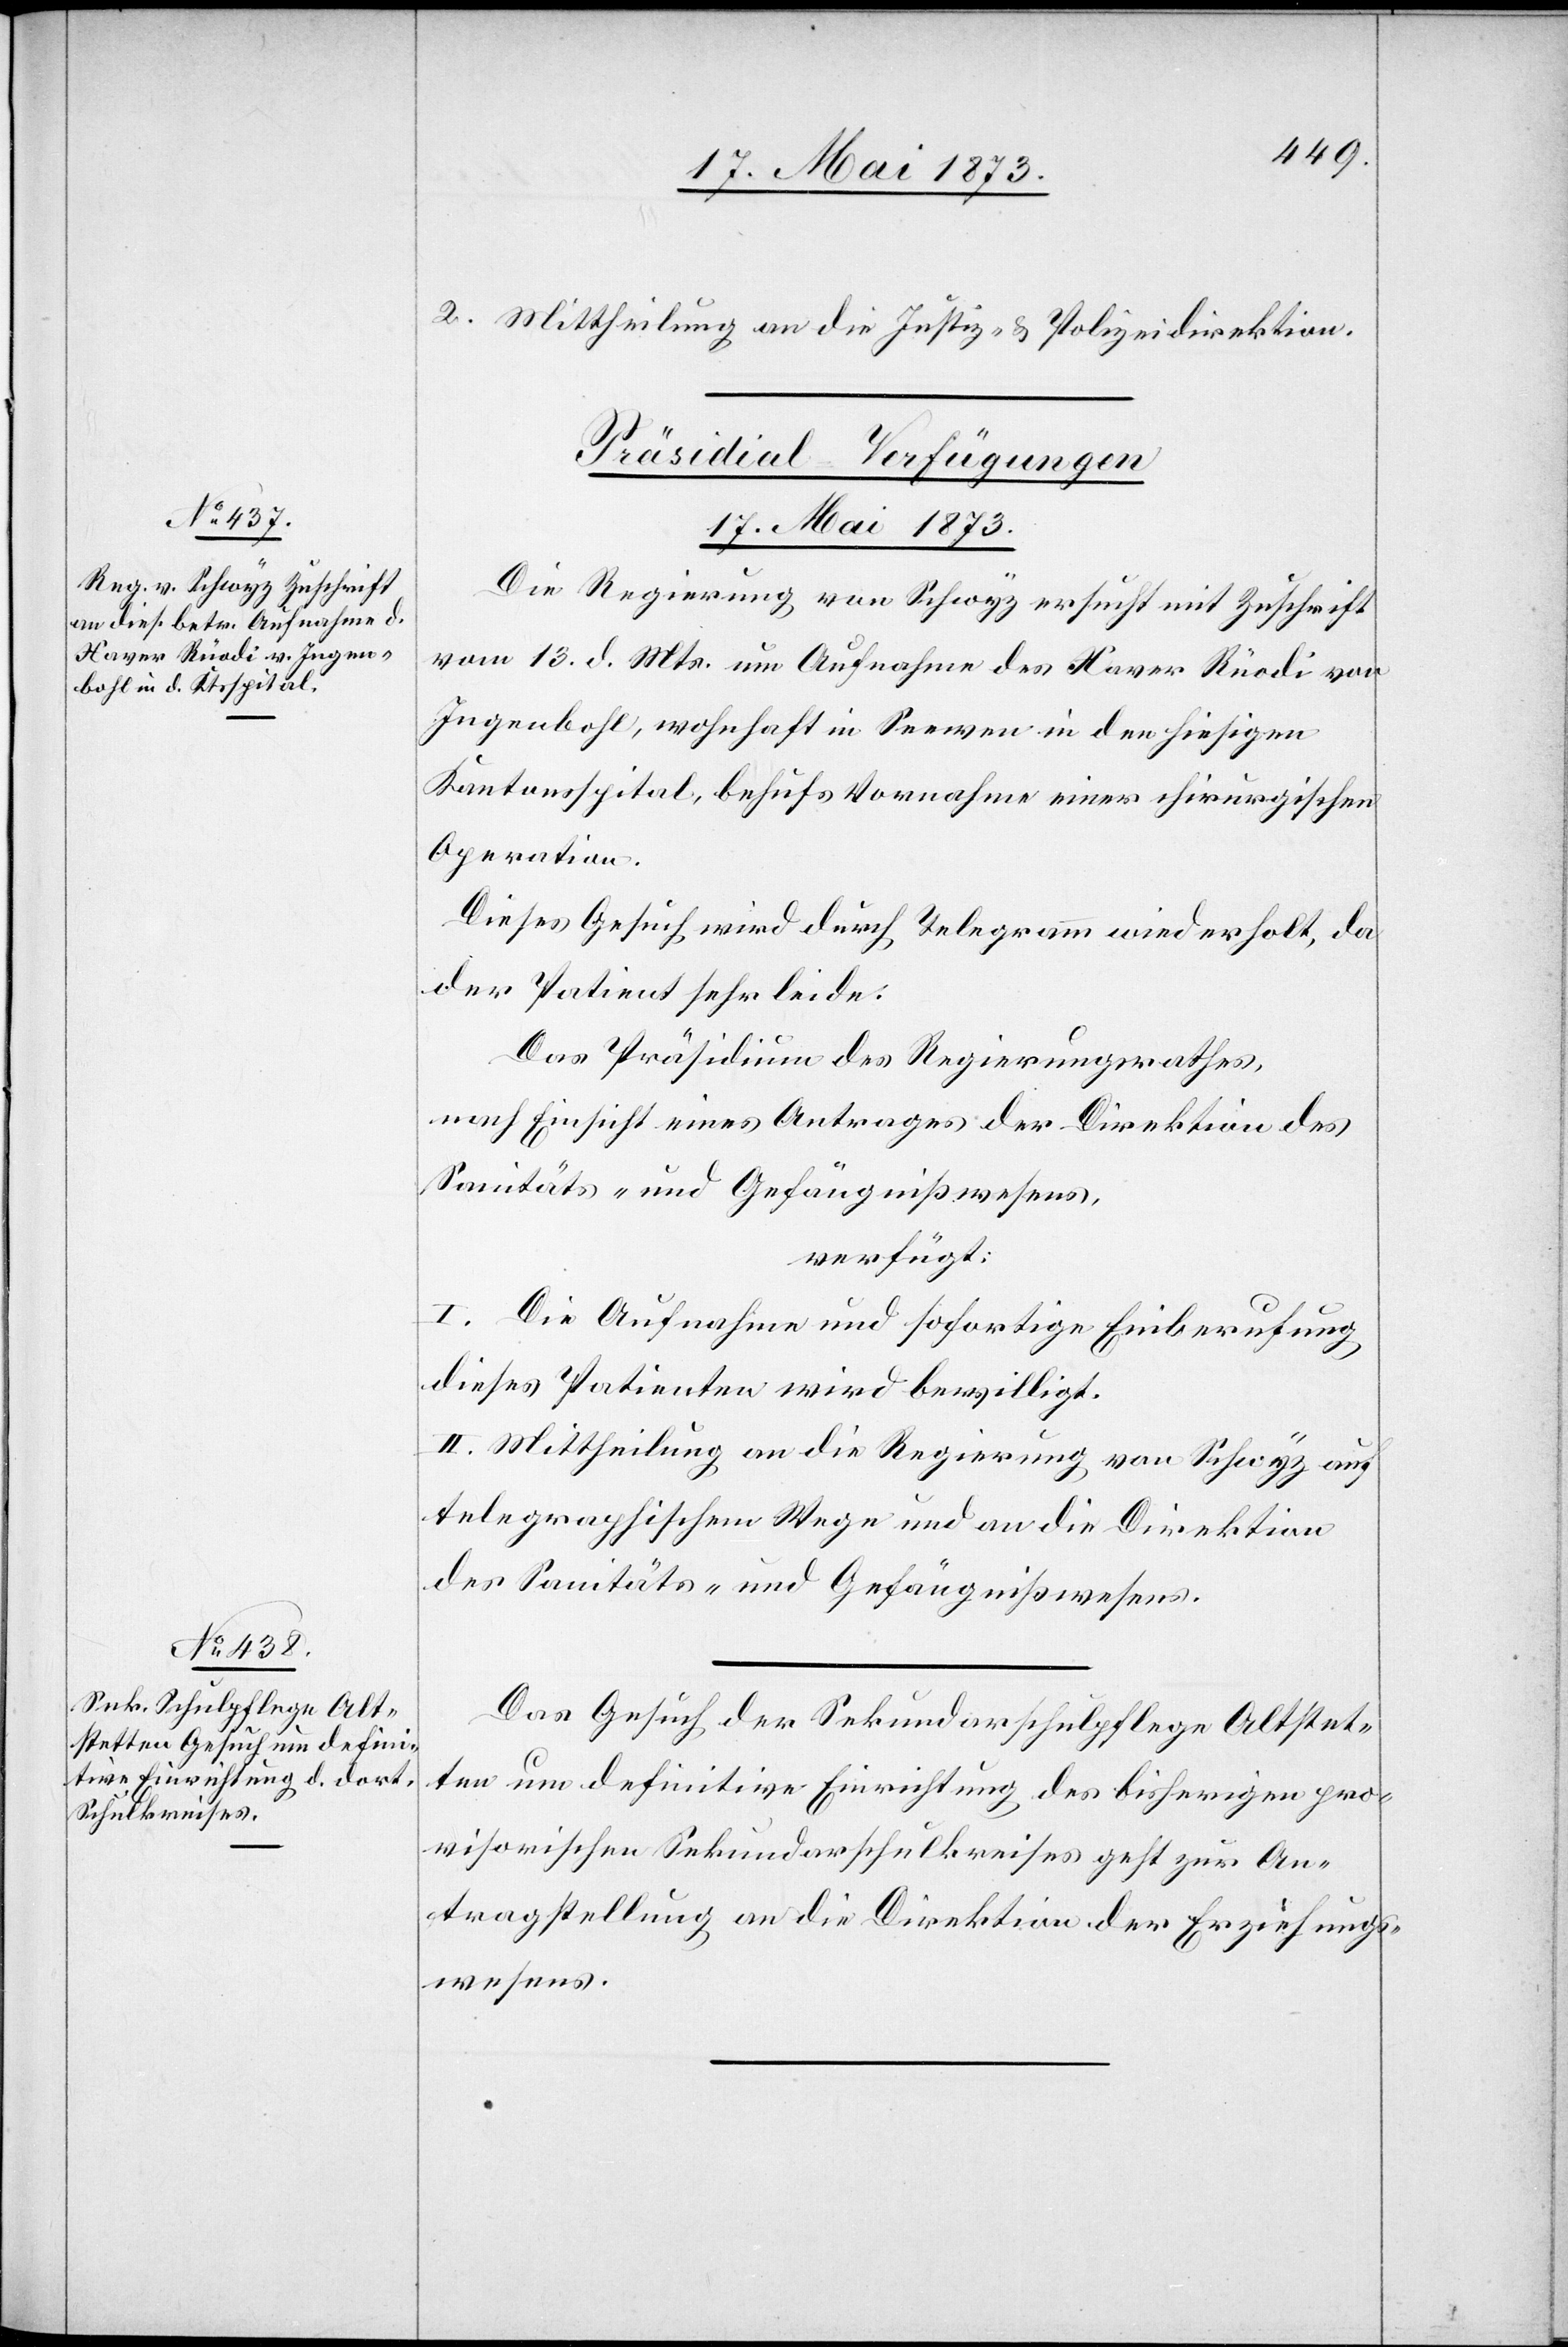
17. Mai 1873]
2. Mittheilung an die Justiz- & Polizeidirektion.
[Präsidial-Verfügungen
Die Regierung von Schwyz ersucht mit Zuschrift
vom 13. d. Mts. um Aufnahme des Xaver Rüodi von
Ingenbohl, wohnhaft in Seewen in den hiesigen
Kantonsspital, behufs Vornahme einer chirurgischen
Operation.
Dieses Gesuch wird durch Telegramm wiederholt, da
der Patient sehr leide:
Das Präsidium des Regierungsrathes,
nach Einsicht eines Antrages der Direktion des
Sanitäts- und Gefängnißwesens,
verfügt:
I. Die Aufnahme und sofortige Einberufung
dieses Patienten wird bewilligt.
II. Mittheilung an die Regierung von Schwyz auf
telegraphischem Wege und an die Direktion
des Sanitäts- und Gefängnißwesens.
Das Gesuch der Sekundarschulpflege Altstet¬
ten um definitive Einrichtung des bisherigen pro¬
visorischen Sekundarschulkreises geht zur An¬
tragstellung an die Direktion der [sic!] Erziehungs¬
wesens.